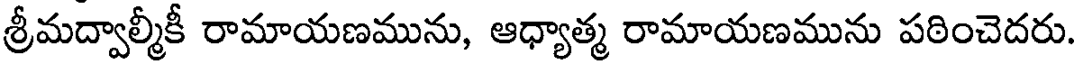
శ్రీమద్వాల్మీకీ రామాయణమును, ఆధ్యాత్మ రామాయణమును పఠించెదరు.